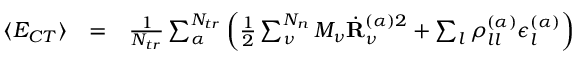
\begin{array} { r l r } { \langle E _ { C T } \rangle } & { = } & { \frac { 1 } { N _ { t r } } \sum _ { \alpha } ^ { N _ { t r } } \left( \frac { 1 } { 2 } \sum _ { \nu } ^ { N _ { n } } M _ { \nu } \dot { \mathbf { R } } _ { \nu } ^ { ( \alpha ) 2 } + \sum _ { l } \rho _ { l l } ^ { ( \alpha ) } \epsilon _ { l } ^ { ( \alpha ) } \right) } \end{array}